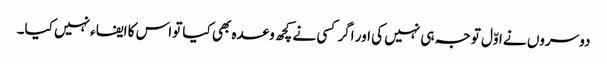
دوسروں نے اوّل توجہ ہی نہیں کی اور اگر کسی نے کچھ وعدہ بھی کیا تواس کا ایفاء نہیں کیا۔